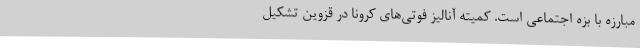
مبارزه با بزه اجتماعی است. کمیته آنالیز فوتی‌های کرونا در قزوین تشکیل